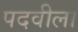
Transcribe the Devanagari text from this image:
पदवीला